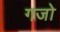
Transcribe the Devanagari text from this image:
गजो